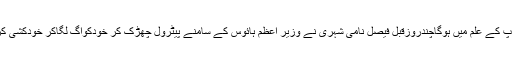
جیساکہ آپ کے علم میں ہوگاچندروزقبل فیصل نامی شہری نے وزیر اعظم ہائوس کے سامنے پیٹرول چھڑک کر خودکوآگ لگاکر خودکشی کرلی تھی۔